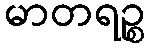
မာတရဉ္စ